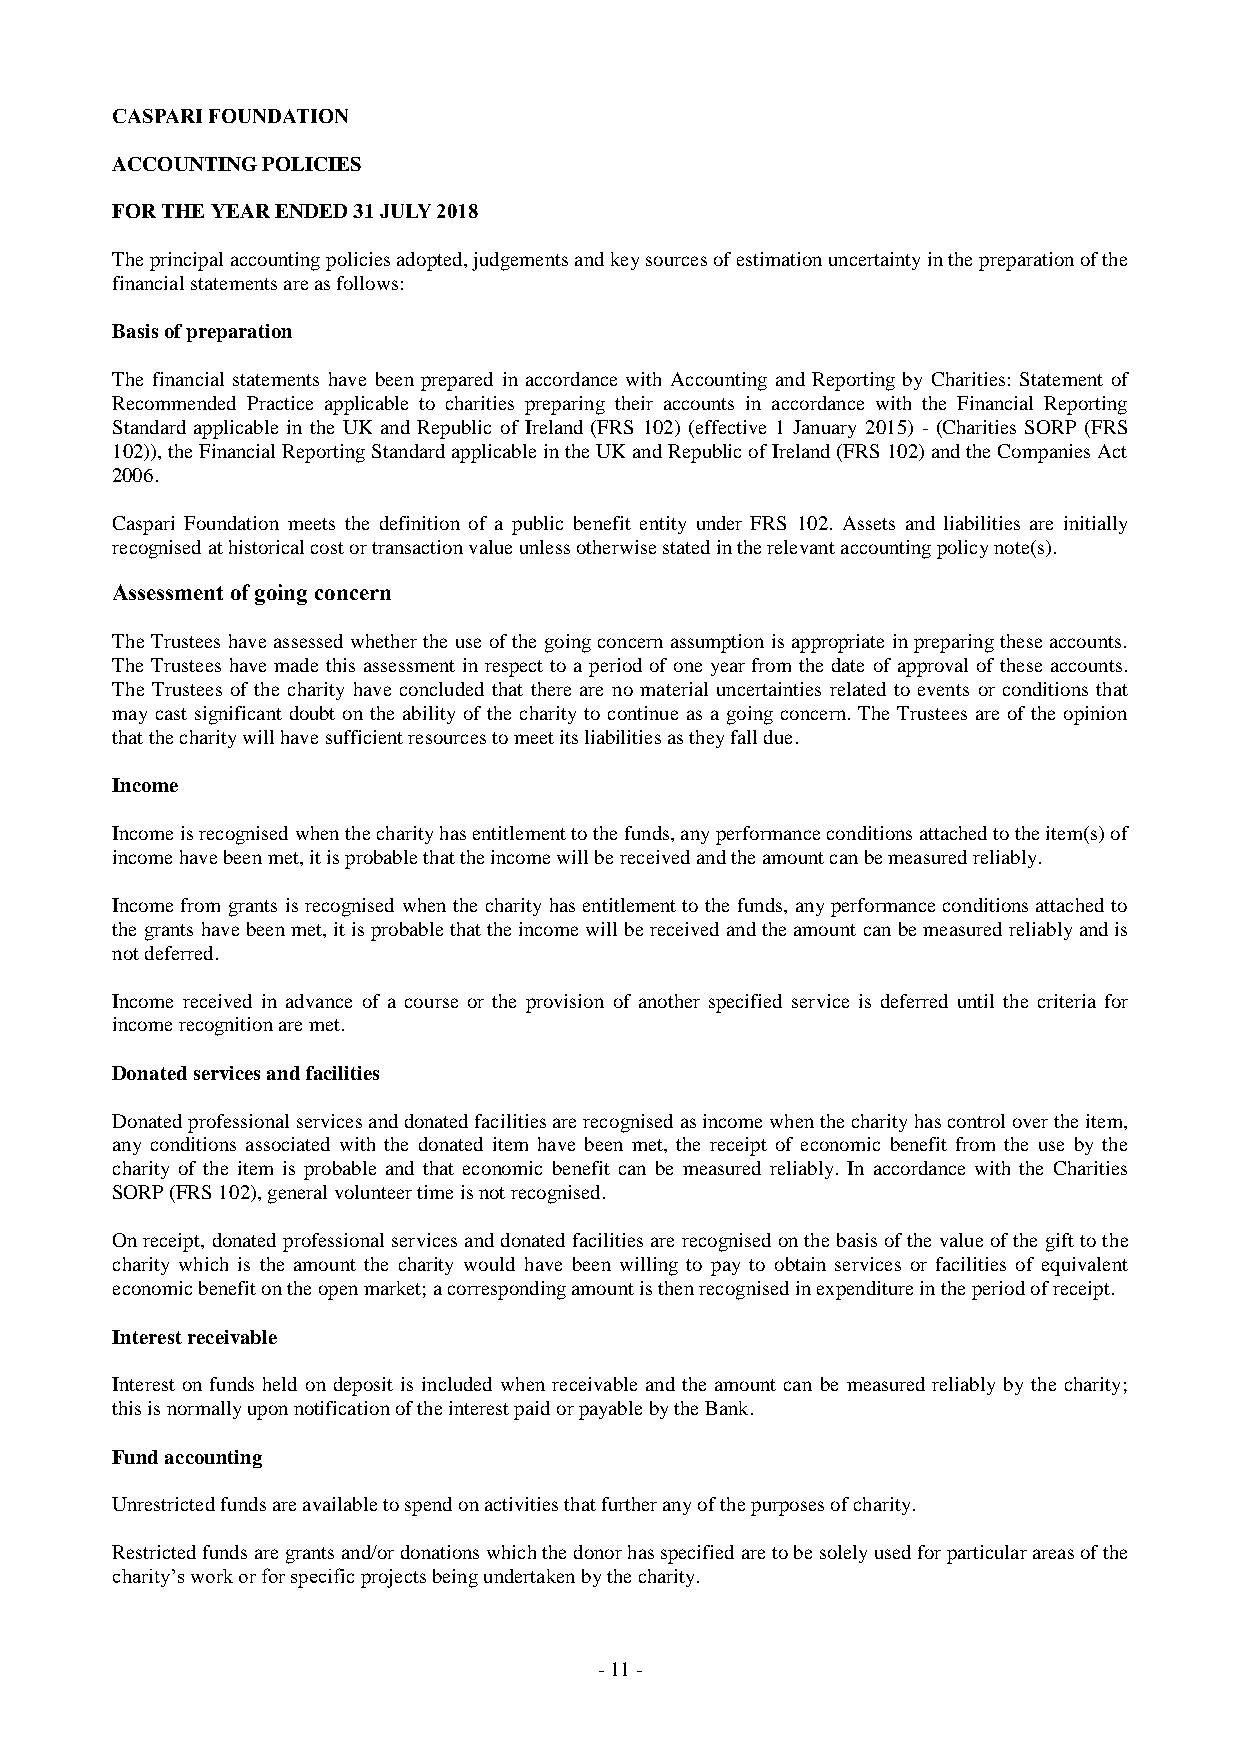
CASPARI FOUNDATION
 ACCOUNTING POLICIES
 FOR THE YEAR ENDED 31 JULY 2018
 The principal accounting policies adopted, judgements and key sources of estimation uncertainty in the preparation of the
 financial statements are as follows:
 Basis of preparation
 The financial statements have been prepared in accordance with Accounting and Reporting by Charities: Statement of
 Recommended Practice applicable to charities preparing their accounts in accordance with the Financial Reporting
 Standard applicable in the UK and Republic of Ireland (FRS 102) (effective 1 January 2015) - (Charities SORP (FRS
 102)), the Financial Reporting Standard applicable in the UK and Republic of Ireland (FRS 102) and the Companies Act
 2006.
 Caspari Foundation meets the definition of a public benefit entity under FRS 102. Assets and liabilities are initially
 recognised at historical cost or transaction value unless otherwise stated in the relevant accounting policy note(s).
 Assessment of going concern
 The Trustees have assessed whether the use of the going concern assumption is appropriate in preparing these accounts.
 The Trustees have made this assessment in respect to a period of one year from the date of approval of these accounts.
 The Trustees of the charity have concluded that there are no material uncertainties related to events or conditions that
 may cast significant doubt on the ability of the charity to continue as a going concern. The Trustees are of the opinion
 that the charity will have sufficient resources to meet its liabilities as they fall due.
 Income
 Income is recognised when the charity has entitlement to the funds, any performance conditions attached to the item(s) of
 income have been met, it is probable that the income will be received and the amount can be measured reliably.
 Income from grants is recognised when the charity has entitlement to the funds, any performance conditions attached to
 the grants have been met, it is probable that the income will be received and the amount can be measured reliably and is
 not deferred.
 Income received in advance of a course or the provision of another specified service is deferred until the criteria for
 income recognition are met.
 Donated services and facilities
 Donated professional services and donated facilities are recognised as income when the charity has control over the item,
 any conditions associated with the donated item have been met, the receipt of economic benefit from the use by the
 charity of the item is probable and that economic benefit can be measured reliably. In accordance with the Charities
 SORP (FRS 102), general volunteer time is not recognised.
 On receipt, donated professional services and donated facilities are recognised on the basis of the value of the gift to the
 charity which is the amount the charity would have been willing to pay to obtain services or facilities of equivalent
 economic benefit on the open market; a corresponding amount is then recognised in expenditure in the period of receipt.
 Interest receivable
 Interest on funds held on deposit is included when receivable and the amount can be measured reliably by the charity;
 this is normally upon notification of the interest paid or payable by the Bank.
 Fund accounting
 Unrestricted funds are available to spend on activities that further any of the purposes of charity.
 Restricted funds are grants and/or donations which the donor has specified are to be solely used for particular areas of the
 charity’s work or for specific projects being undertaken by the charity.
 - 1 1 -